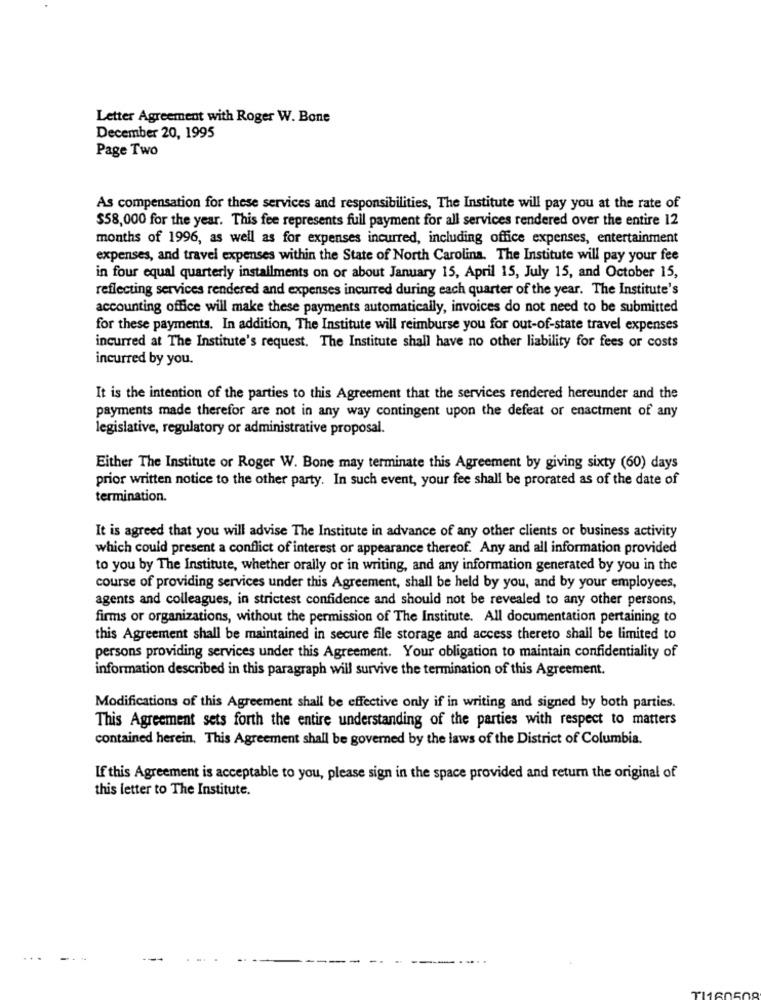
Letter Agreement with Roger W. Bone
December 20, 1995
Page Two
As compensation for these services and responsibilities, The Institute will pay you at the rate of
$58,000 for the year. This fee represents full payment for all services rendered over the entire 12
months of 1996, as well as for expenses incurred, including office expenses, entertainment
expenses, and travel expenses within the State of North Carolina. The Institute will pay your fee
in four equal quarterly installments on or about January 15, April 15, July 15, and October 15,
reflecting services rendered and expenses incurred during each quarter of the year. The Institute's
accounting office will make these payments automatically, invoices do not need to be submitted
for these payments. In addition, The Institute will reimburse you for out-of-state travel expenses
incurred at The Institute's request. The Institute shall have no other liability for fees or costs
incurred by you.
It is the intention of the parties to this Agreement that the services rendered hereunder and the
payments made therefor are not in any way contingent upon the defeat or enactment of any
legislative, regulatory or administrative proposal.
Either The Institute or Roger W. Bone may terminate this Agreement by giving sixty (60) days
prior written notice to the other party. In such event, your fee shall be prorated as of the date of
termination.
It is agreed that you will advise The Institute in advance of any other clients or business activity
which could present a conflict of interest or appearance thereof. Any and all information provided
to you by The Institute, whether orally or in writing, and any information generated by you in the
course of providing services under this Agreement, shall be held by you, and by your employees,
agents and colleagues, in strictest confidence and should not be revealed to any other persons,
firms or organizations, without the permission of The Institute. All documentation pertaining to
this Agreement shall be maintained in secure file storage and access thereto shall be limited to
persons providing services under this Agreement. Your obligation to maintain confidentiality of
information described in this paragraph will survive the termination of this Agreement.
Modifications of this Agreement shall be effective only if in writing and signed by both parties.
This Agreement sets forth the entire understanding of the parties with respect to matters
contained herein, This Agreement shall be governed by the laws of the District of Columbia.
If this Agreement is acceptable to you, please sign in the space provided and return the original of
this letter to The Institute.
..